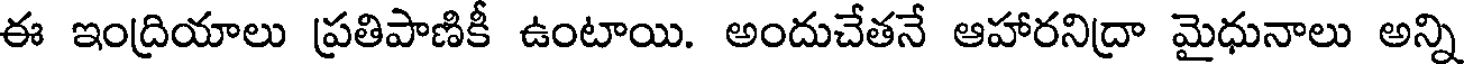
ఈ ఇంద్రియాలు ప్రతిపాణికీ ఉంటాయి. అందుచేతనే ఆహారనిద్రా మైధునాలు అన్ని